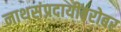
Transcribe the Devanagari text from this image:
नाथसंप्रदायींबरोबर